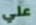
علي